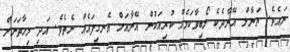
ނައެވެ. ޔަނާލް އޭނާދެކެ ލޯބިވާކަމެއް ކުރިއަކުން އޭނާއަށް އެނގިފައެއް ނެތެވެ. އަދި މިހާތަނަށް